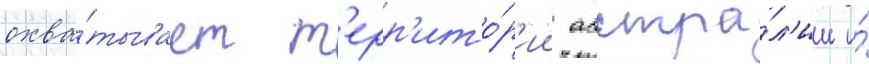
охва́тывает т'ерр'ито́р'ии австра́л'ии и́